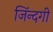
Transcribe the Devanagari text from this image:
जिंन्दगी